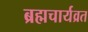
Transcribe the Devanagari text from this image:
ब्रह्मचार्यव्रत